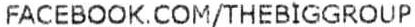
FACEBOOK.COM/THEBIGGROUP